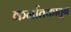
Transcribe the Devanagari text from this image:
कर्नातकातून